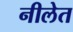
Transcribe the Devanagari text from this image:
नीलेत